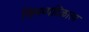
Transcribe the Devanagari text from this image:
सिलप्पदिकारम